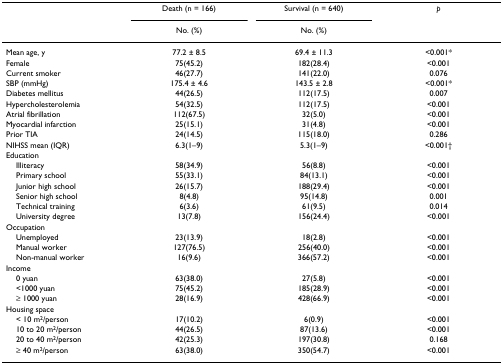
<table><thead><tr><td></td><td><b>Death (n = 166)</b></td><td><b>Survival (n = 640)</b></td><td><b><i>p</i></b></td></tr><tr><td></td><td><b>No. (%)</b></td><td><b>No. (%)</b></td><td></td></tr></thead><tbody><tr><td>Mean age, y</td><td>77.2 ± 8.5</td><td>69.4 ± 11.3</td><td>&lt;0.001*</td></tr><tr><td>Female</td><td>75(45.2)</td><td>182(28.4)</td><td>&lt;0.001</td></tr><tr><td>Current smoker</td><td>46(27.7)</td><td>141(22.0)</td><td>0.076</td></tr><tr><td>SBP (mmHg)</td><td>175.4 ± 4.6</td><td>143.5 ± 2.8</td><td>&lt;0.001*</td></tr><tr><td>Diabetes mellitus</td><td>44(26.5)</td><td>112(17.5)</td><td>0.007</td></tr><tr><td>Hypercholesterolemia</td><td>54(32.5)</td><td>112(17.5)</td><td>&lt;0.001</td></tr><tr><td>Atrial fibrillation</td><td>112(67.5)</td><td>32(5.0)</td><td>&lt;0.001</td></tr><tr><td>Myocardial infarction</td><td>25(15.1)</td><td>31(4.8)</td><td>&lt;0.001</td></tr><tr><td>Prior TIA</td><td>24(14.5)</td><td>115(18.0)</td><td>0.286</td></tr><tr><td>NIHSS mean (IQR)</td><td>6.3(1–9)</td><td>5.3(1–9)</td><td>&lt;0.001†</td></tr><tr><td>Education</td><td></td><td></td><td></td></tr><tr><td> Illiteracy</td><td>58(34.9)</td><td>56(8.8)</td><td>&lt;0.001</td></tr><tr><td> Primary school</td><td>55(33.1)</td><td>84(13.1)</td><td>&lt;0.001</td></tr><tr><td> Junior high school</td><td>26(15.7)</td><td>188(29.4)</td><td>&lt;0.001</td></tr><tr><td> Senior high school</td><td>8(4.8)</td><td>95(14.8)</td><td>0.001</td></tr><tr><td> Technical training</td><td>6(3.6)</td><td>61(9.5)</td><td>0.014</td></tr><tr><td> University degree</td><td>13(7.8)</td><td>156(24.4)</td><td>&lt;0.001</td></tr><tr><td>Occupation</td><td></td><td></td><td></td></tr><tr><td> Unemployed</td><td>23(13.9)</td><td>18(2.8)</td><td>&lt;0.001</td></tr><tr><td> Manual worker</td><td>127(76.5)</td><td>256(40.0)</td><td>&lt;0.001</td></tr><tr><td> Non-manual worker</td><td>16(9.6)</td><td>366(57.2)</td><td>&lt;0.001</td></tr><tr><td>Income</td><td></td><td></td><td></td></tr><tr><td> 0 yuan</td><td>63(38.0)</td><td>27(5.8)</td><td>&lt;0.001</td></tr><tr><td> &lt;1000 yuan</td><td>75(45.2)</td><td>185(28.9)</td><td>&lt;0.001</td></tr><tr><td> ≥ 1000 yuan</td><td>28(16.9)</td><td>428(66.9)</td><td>&lt;0.001</td></tr><tr><td>Housing space</td><td></td><td></td><td></td></tr><tr><td> &lt; 10 m<sup>2</sup>/person</td><td>17(10.2)</td><td>6(0.9)</td><td>&lt;0.001</td></tr><tr><td> 10 to 20 m<sup>2</sup>/person</td><td>44(26.5)</td><td>87(13.6)</td><td>&lt;0.001</td></tr><tr><td> 20 to 40 m<sup>2</sup>/person</td><td>42(25.3)</td><td>197(30.8)</td><td>0.168</td></tr><tr><td> ≥ 40 m<sup>2</sup>/person</td><td>63(38.0)</td><td>350(54.7)</td><td>&lt;0.001</td></tr></tbody></table>